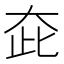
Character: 𡗼